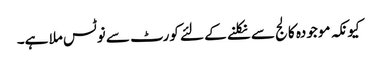
کیونکہ موجودہ کالج سے نکلنے کے لئے کورٹ سے نوٹس ملا ہے۔